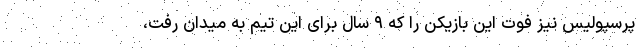
پرسپولیس نیز فوت این بازیکن را که ۹ سال برای این تیم به میدان رفت،